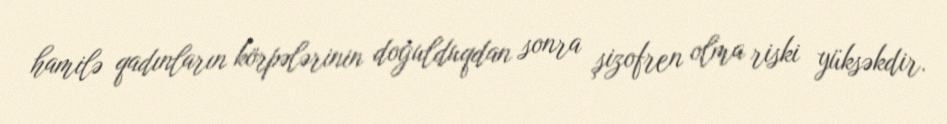
hamilə qadınların körpələrinin doğulduqdan sonra şizofren olma riski yüksəkdir.